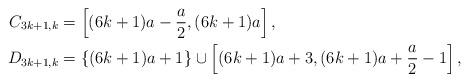
LaTeX: \begin{align*}C_{3k+1,k} & = \left[ (6k+1) a - \frac{a}{2}, (6k+1)a \right],\\D_{3k+1,k} & = \{(6k+1)a + 1 \} \cup \left[(6k+1)a + 3, (6k+1) a + \frac{a}{2} -1 \right],\end{align*}